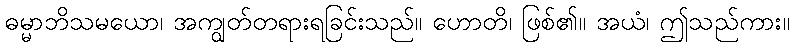
ဓမ္မာဘိသမယော၊ အကျွတ်တရားရခြင်းသည်။ ဟောတိ၊ ဖြစ်၏။ အယံ၊ ဤသည်ကား။